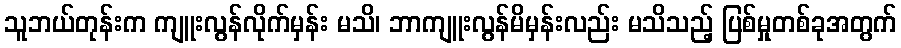
သူဘယ်တုန်းက ကျူးလွန်လိုက်မှန်း မသိ၊ ဘာကျူးလွန်မိမှန်းလည်း မသိသည့် ပြစ်မှုတစ်ခုအတွက်